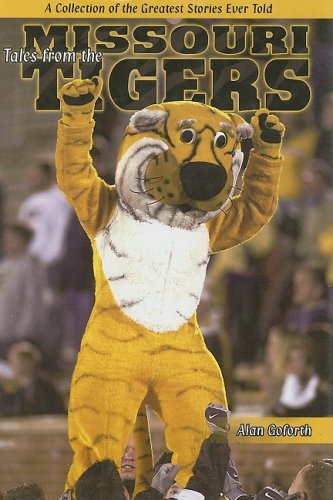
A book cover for Tales from the Missouri Tigers; Alan Goforth; Sports & Outdoors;